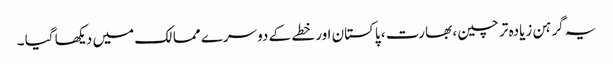
یہ گرہن زیادہ تر چین ، بھارت ، پاکستان اور خطے کے دوسرے ممالک میں دیکھا گیا ۔